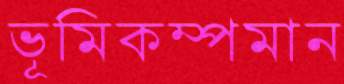
ভূমিকম্পমান